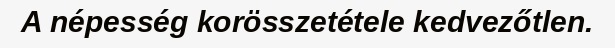
A népesség korösszetétele kedvezőtlen.